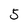
Character: 5